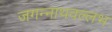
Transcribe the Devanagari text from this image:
जगन्नाथवल्लभ